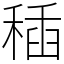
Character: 䅤